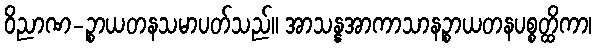
ဝိညာဏ-ဉ္စာယတနသမာပတ်သည်။ အာသန္နအာကာသာနဉ္စာယတနပစ္စတ္ထိကာ၊